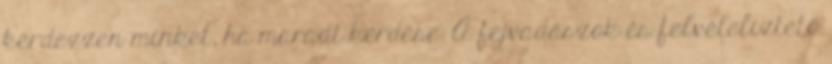
kérdezzen minket, ha maradt kérdése. A fejvadászok és felvételiztető